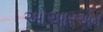
ઓઆરએમ